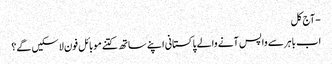
- آج کل
اب باہر سے واپس آنے والے پاکستانی اپنے ساتھ کتنے موبائل فون لاسکیں گے؟